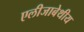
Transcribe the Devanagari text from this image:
एलीजाबेथीय